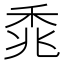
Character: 𫀰